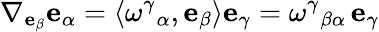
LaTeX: \nabla_{\mathbf{e}_{\beta}}\mathbf{e}_{\alpha}=\left\langle\omega^{\gamma}{}_{\alpha},\mathbf{e}_{\beta}\right\rangle\mathbf{e}_{\gamma}=\omega^{\gamma}{}_{\beta\alpha}\, \mathbf{e}_{\gamma}